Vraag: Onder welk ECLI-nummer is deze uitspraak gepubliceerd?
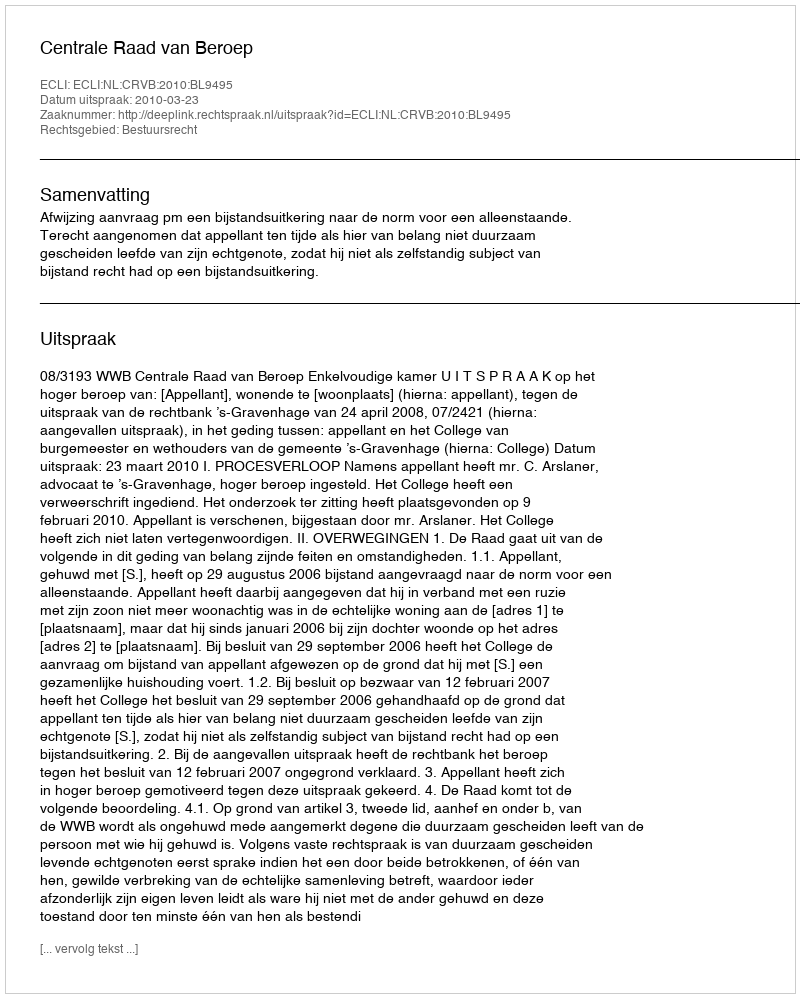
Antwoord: ECLI:NL:CRVB:2010:BL9495